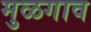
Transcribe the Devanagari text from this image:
मुळगाव